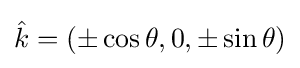
{\textstyle {\hat {k}}=(\pm \cos \theta ,0,\pm \sin \theta )}